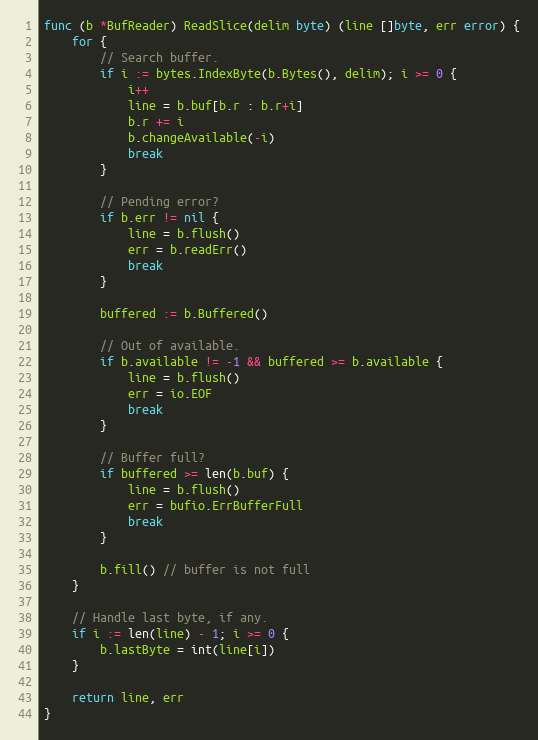
Language: Go
func (b *BufReader) ReadSlice(delim byte) (line []byte, err error) {
	for {
		// Search buffer.
		if i := bytes.IndexByte(b.Bytes(), delim); i >= 0 {
			i++
			line = b.buf[b.r : b.r+i]
			b.r += i
			b.changeAvailable(-i)
			break
		}

		// Pending error?
		if b.err != nil {
			line = b.flush()
			err = b.readErr()
			break
		}

		buffered := b.Buffered()

		// Out of available.
		if b.available != -1 && buffered >= b.available {
			line = b.flush()
			err = io.EOF
			break
		}

		// Buffer full?
		if buffered >= len(b.buf) {
			line = b.flush()
			err = bufio.ErrBufferFull
			break
		}

		b.fill() // buffer is not full
	}

	// Handle last byte, if any.
	if i := len(line) - 1; i >= 0 {
		b.lastByte = int(line[i])
	}

	return line, err
}